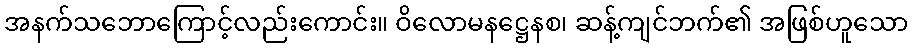
အနက်သဘောကြောင့်လည်းကောင်း။ ဝိလောမနဋ္ဌေနစ၊ ဆန့်ကျင်ဘက်၏ အဖြစ်ဟူသော